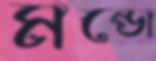
মন্ডো